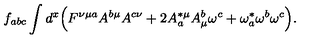
f _ { a b c } \int d ^ { x } \Big ( F ^ { \nu \mu a } A ^ { b \mu } A ^ { c \nu } + 2 A _ { a } ^ { * \mu } A _ { \mu } ^ { b } \omega ^ { c } + \omega _ { a } ^ { * } \omega ^ { b } \omega ^ { c } \Big ) .